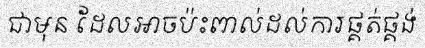
ជាមុន ដែលអាចប៉ះពាល់ដល់ការផ្គត់ផ្គង់